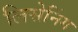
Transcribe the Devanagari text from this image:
लिसेनिंग